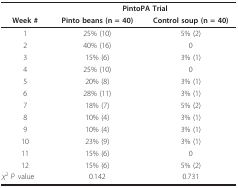
<table><thead><tr><td></td><td colspan="2"><b>PintoPA Trial</b></td></tr><tr><td><b>Week #</b></td><td><b>Pinto beans (n = 40)</b></td><td><b>Control soup (n = 40)</b></td></tr></thead><tbody><tr><td>1</td><td>25% (10)</td><td>5% (2)</td></tr><tr><td>2</td><td>40% (16)</td><td>0</td></tr><tr><td>3</td><td>15% (6)</td><td>3% (1)</td></tr><tr><td>4</td><td>25% (10)</td><td>0</td></tr><tr><td>5</td><td>20% (8)</td><td>3% (1)</td></tr><tr><td>6</td><td>28% (11)</td><td>3% (1)</td></tr><tr><td>7</td><td>18% (7)</td><td>5% (2)</td></tr><tr><td>8</td><td>10% (4)</td><td>3% (1)</td></tr><tr><td>9</td><td>10% (4)</td><td>3% (1)</td></tr><tr><td>10</td><td>23% (9)</td><td>3% (1)</td></tr><tr><td>11</td><td>15% (6)</td><td>0</td></tr><tr><td>12</td><td>15% (6)</td><td>5% (2)</td></tr><tr><td><i>X</i><sup>2 </sup>P value</td><td>0.142</td><td>0.731</td></tr></tbody></table>